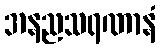
အနညသရဏာနံ